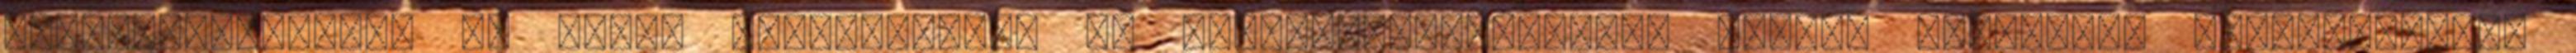
Országgyűlésnek. Az egyes egészségügyi és egészségbiztosítási tárgyú törvények módosításáról